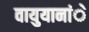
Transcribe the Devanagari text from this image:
वायुयानांे